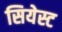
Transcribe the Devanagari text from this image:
सियेस्ट